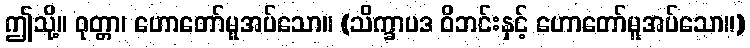
ဤသို့။ ဝုတ္တာ၊ ဟောတော်မူအပ်သော။ (သိက္ခာပဒ ဝိဘင်းနှင့် ဟောတော်မူအပ်သော။)